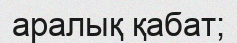
аралық қабат;